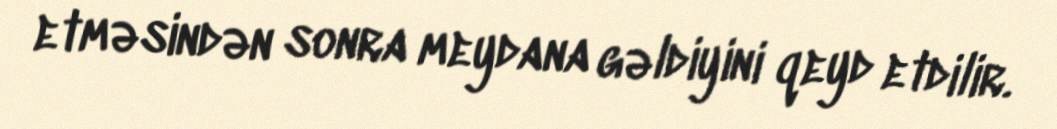
etməsindən sonra meydana gəldiyini qeyd etdilir.